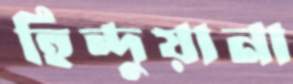
হিন্দুয়ানা